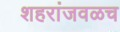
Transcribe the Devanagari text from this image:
शहरांजवळच